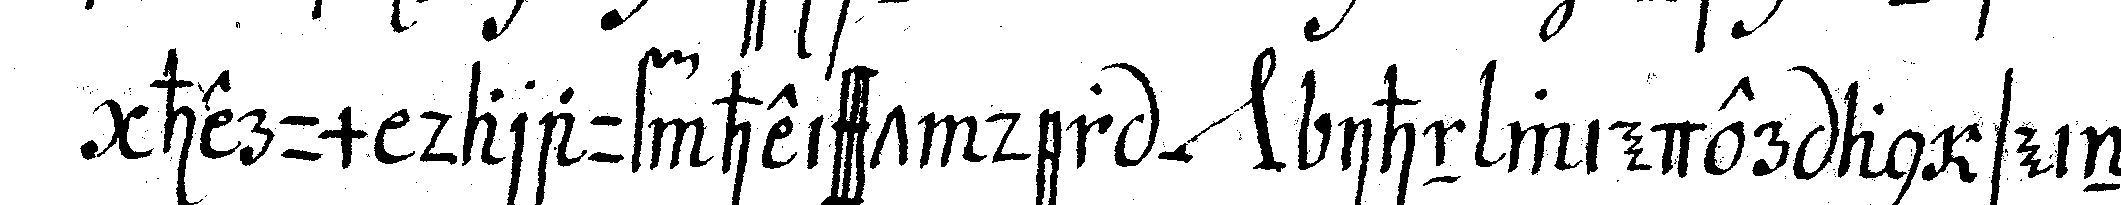
herum darauf heisst der *nee* ihn wieder an seineN